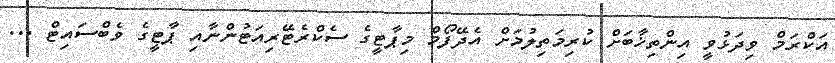
އަކްރަމް ވިދަޅުވީ އިންތިޚާބަށް ކުރިމަތިލުމަށް އެދޭފޯމް މިޕާޓީގެ ސެކްރެޓޭރިއަޓުންނާއި ޕާޓީގެ ވެބްސައިޓް ...